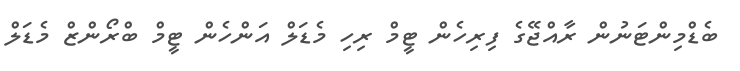
ބެޑްމިންޓަނުން ރާއްޖޭގެ ފިރިހެން ޓީމް ރިހި މެޑަލް އަންހެން ޓީމް ބްރޯންޒް މެޑަލް